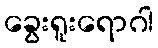
ခွေးရူးရောဂါ